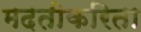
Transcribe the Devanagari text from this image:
मदतीकरिता